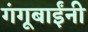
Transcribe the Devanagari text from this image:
गंगूबाईंनी